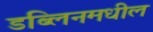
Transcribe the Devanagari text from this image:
डब्लिनमधील